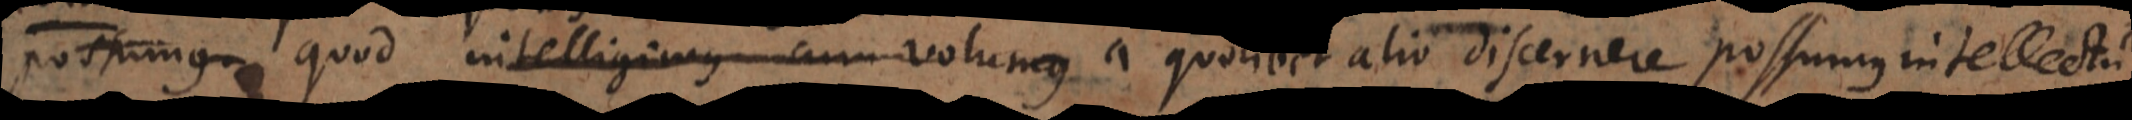
possumus intelligimus cum volumus quod a quolibet alio discernere possumus intellectu.